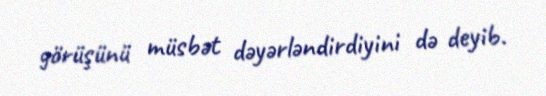
görüşünü müsbət dəyərləndirdiyini də deyib.